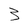
Character: 3